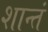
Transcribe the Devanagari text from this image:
शान्तं